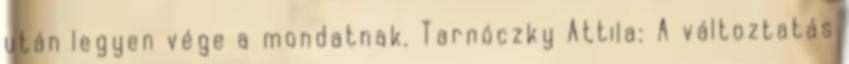
után legyen vége a mondatnak. Tarnóczky Attila: A változtatás